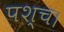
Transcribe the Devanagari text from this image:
पश्च।